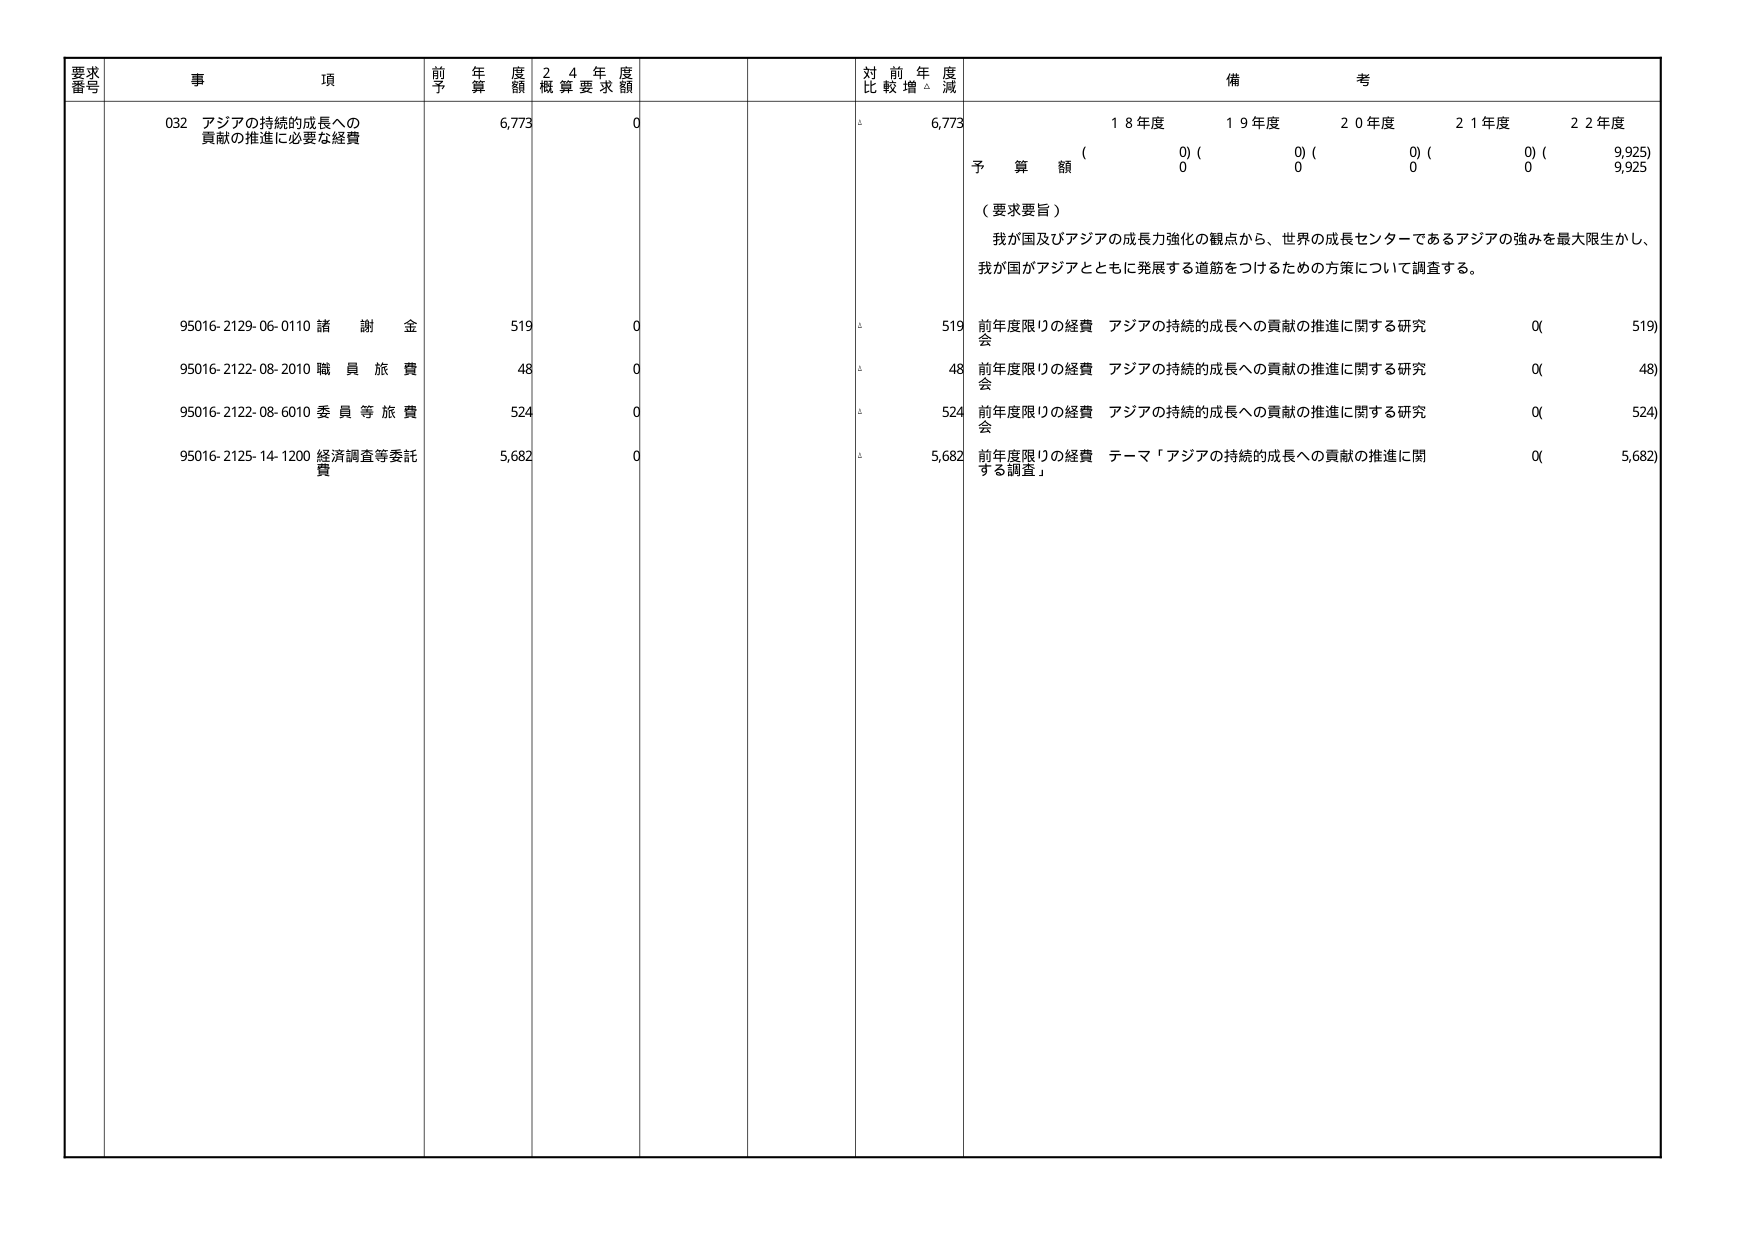
要求番号 事項 前年度予算額 24年度概算要求額 対前年度比較増減 備考
032 アジアの持続的成長への貢献の推進に必要な経費 6,773 0 6,773 18年度 19年度 20年度 21年度 22年度
(0)(0)(0)(0)(9,925)
予算額 0 0 0 0 9,925
（要求要旨）
我が国及びアジアの成長力強化の観点から、世界の成長センターであるアジアの強みを最大限生かし、
我が国がアジアとともに発展する道筋をつけるための方策について調査する。
95016-2129-06-0110 諸謝金 519 0 519 前年度限りの経費 アジアの持続的成長への貢献の推進に関する研究会 0(519)
95016-2122-08-2010 職員旅費 48 0 48 前年度限りの経費 アジアの持続的成長への貢献の推進に関する研究会 0(48)
95016-2122-08-6010 委員等旅費 524 0 524 前年度限りの経費 アジアの持続的成長への貢献の推進に関する研究会 0(524)
95016-2125-14-1200 経済調査等委託費 5,682 0 5,682 前年度限りの経費 テーマ「アジアの持続的成長への貢献の推進に関する調査」 0(5,682)